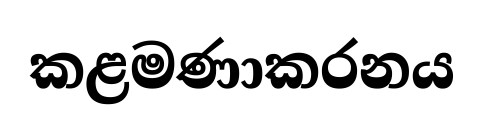
කළමණාකරනය